Sanitation, dispensaries and jails vaccination Rajputana 1922-1927 - 1922-1927
Year: 1922
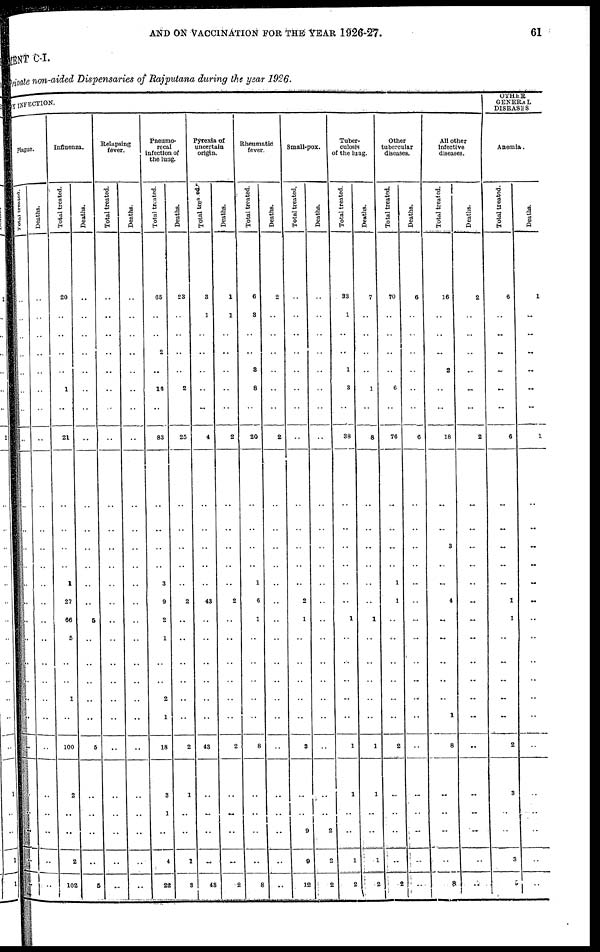
AND ON VACCINATION FOR THE YEAR 1926-27.
61
MENT C-I.
Private non-aided Dispensaries of Rajputana during the year 1926.
BY INFECTION.
Plague.
Total treated.
..
..
..
..
..
..
..
..
..
..
..
..
..
..
..
..
..
..
..
..
..
..
..
..
..
..
..
Deaths.
..
..
..
..
..
..
..
..
..
..
..
..
..
..
..
..
..
..
..
..
..
..
..
..
..
..
..
Influenza.
Total treated.
20
..
..
..
..
1
..
21
..
..
..
..
1
27
66
5
..
..
1
..
100
2
..
..
..
2
102
Deaths.
..
..
..
..
..
..
..
..
..
..
..
..
..
..
5
..
..
..
..
..
5
..
..
..
..
..
6
Relapsing
fever.
Total treated.
..
..
..
..
..
..
..
..
..
..
..
..
..
..
..
..
..
..
..
..
..
..
..
..
..
..
..
Deaths.
..
..
..
..
..
..
..
..
..
..
..
..
..
..
..
..
..
..
..
..
..
..
..
..
..
..
..
Pneumo¬
recal
infection of
the lung.
Total treated.
65
..
..
2
..
16
..
83
..
..
..
..
3
9
2
1
..
..
2
1
18
3
1
..
..
4
22
Deaths.
23
..
..
..
..
2
..
25
..
..
..
..
..
2
..
..
..
..
..
..
2
1
..
1
3
Pyrexia of
uncertain
origin.
Total treated
3
1
..
..
..
..
..
4
..
..
..
..
..
43
..
..
..
..
..
..
43
..
..
..
..
..
43
Deaths.
1
1
..
..
..
..
..
2
..
..
..
..
..
2
..
..
..
..
..
..
2
..
..
..
..
..
2
Rheumatic
fever.
Total treated.
6
3
..
..
3
8
..
20
..
..
..
..
1
6
1
..
..
..
..
..
8
..
..
..
..
..
8
Deaths.
2
..
..
..
..
..
..
2
..
..
..
..
..
..
..
..
..
..
..
..
..
..
..
..
..
..
..
Small-pox.
Total treated.
..
..
..
..
..
..
..
..
..
..
..
..
..
2
1
..
..
..
..
..
3
..
..
9
..
9
12
Deaths.
..
..
..
..
..
..
..
..
..
..
..
..
..
..
..
..
..
..
..
..
..
..
..
2
..
2
2
Tuber-
culosis
of the lung.
Total treated.
33
1
..
..
1
3
..
38
..
..
..
..
..
..
1
..
..
..
..
..
1
1
..
..
..
1
2
Deaths.
7
..
..
..
..
1
..
8
..
..
..
..
..
..
1
..
..
..
..
..
1
1
..
..
..
1
2
Other
tubercular
diseases.
Total treated.
70
..
..
..
..
6
..
76
..
..
..
..
1
1
..
..
..
..
..
..
2
..
..
..
..
..
2
Deaths.
6
..
..
..
..
..
..
6
..
..
..
..
..
..
..
..
..
..
..
..
..
..
..
..
..
..
..
All other
infective
diseases.
Total treated.
16
..
..
..
2
..
..
18
..
..
3
..
..
4
..
..
..
..
..
1
8
..
..
..
..
..
8
Deaths.
2
..
..
..
...
..
2
..
..
..
..
..
..
..
..
..
..
..
..
..
..
..
..
..
..
..
OTHER
GENERAL
DISEASES
Anemia.
Total treated.
6
..
..
..
..
..
..
6
..
..
..
..
..
1
1
..
..
..
..
..
2
3
..
..
..
3
5
Deaths.
1
..
..
..
..
..
..
1
..
..
..
..
..
..
..
..
..
..
..
..
..
..
..
..
..
..
..